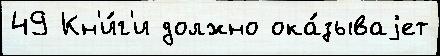
49 Кн'и́г'и должно ока́зываjет